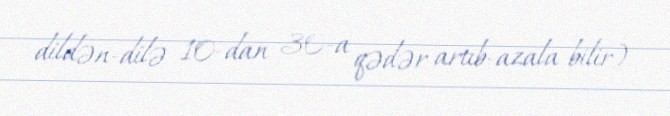
dildən-dilə 10-dan 30-a qədər artıb-azala bilir).